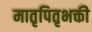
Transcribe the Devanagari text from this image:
मातृपितृभक्ती